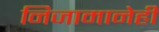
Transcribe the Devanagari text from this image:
निजामानेही